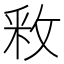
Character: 𫾶